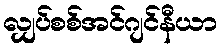
လျှပ်စစ်အင်ဂျင်နီယာ